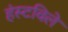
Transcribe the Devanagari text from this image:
हंस्टविले